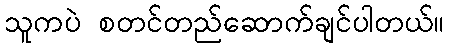
သူကပဲ စတင်တည်ဆောက်ချင်ပါတယ်။